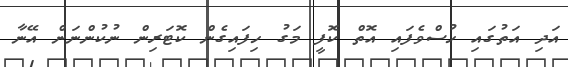
އަދި އަތުގައި ހުސްވެފައި އޮތް ކޮފީ މަގު ހިފައިގެން ކޮޓަރިން ނުކުންނަން އޭނާ